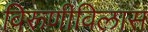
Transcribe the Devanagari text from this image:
विरूणीविलास